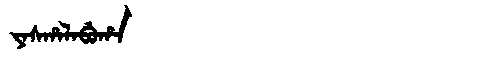
Manchu: ᠶᠠᠰᡥᠠᠯᠠᠪᡠᡥᠠ
Romanization: YASHALABUHA